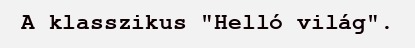
A klasszikus "Helló világ".